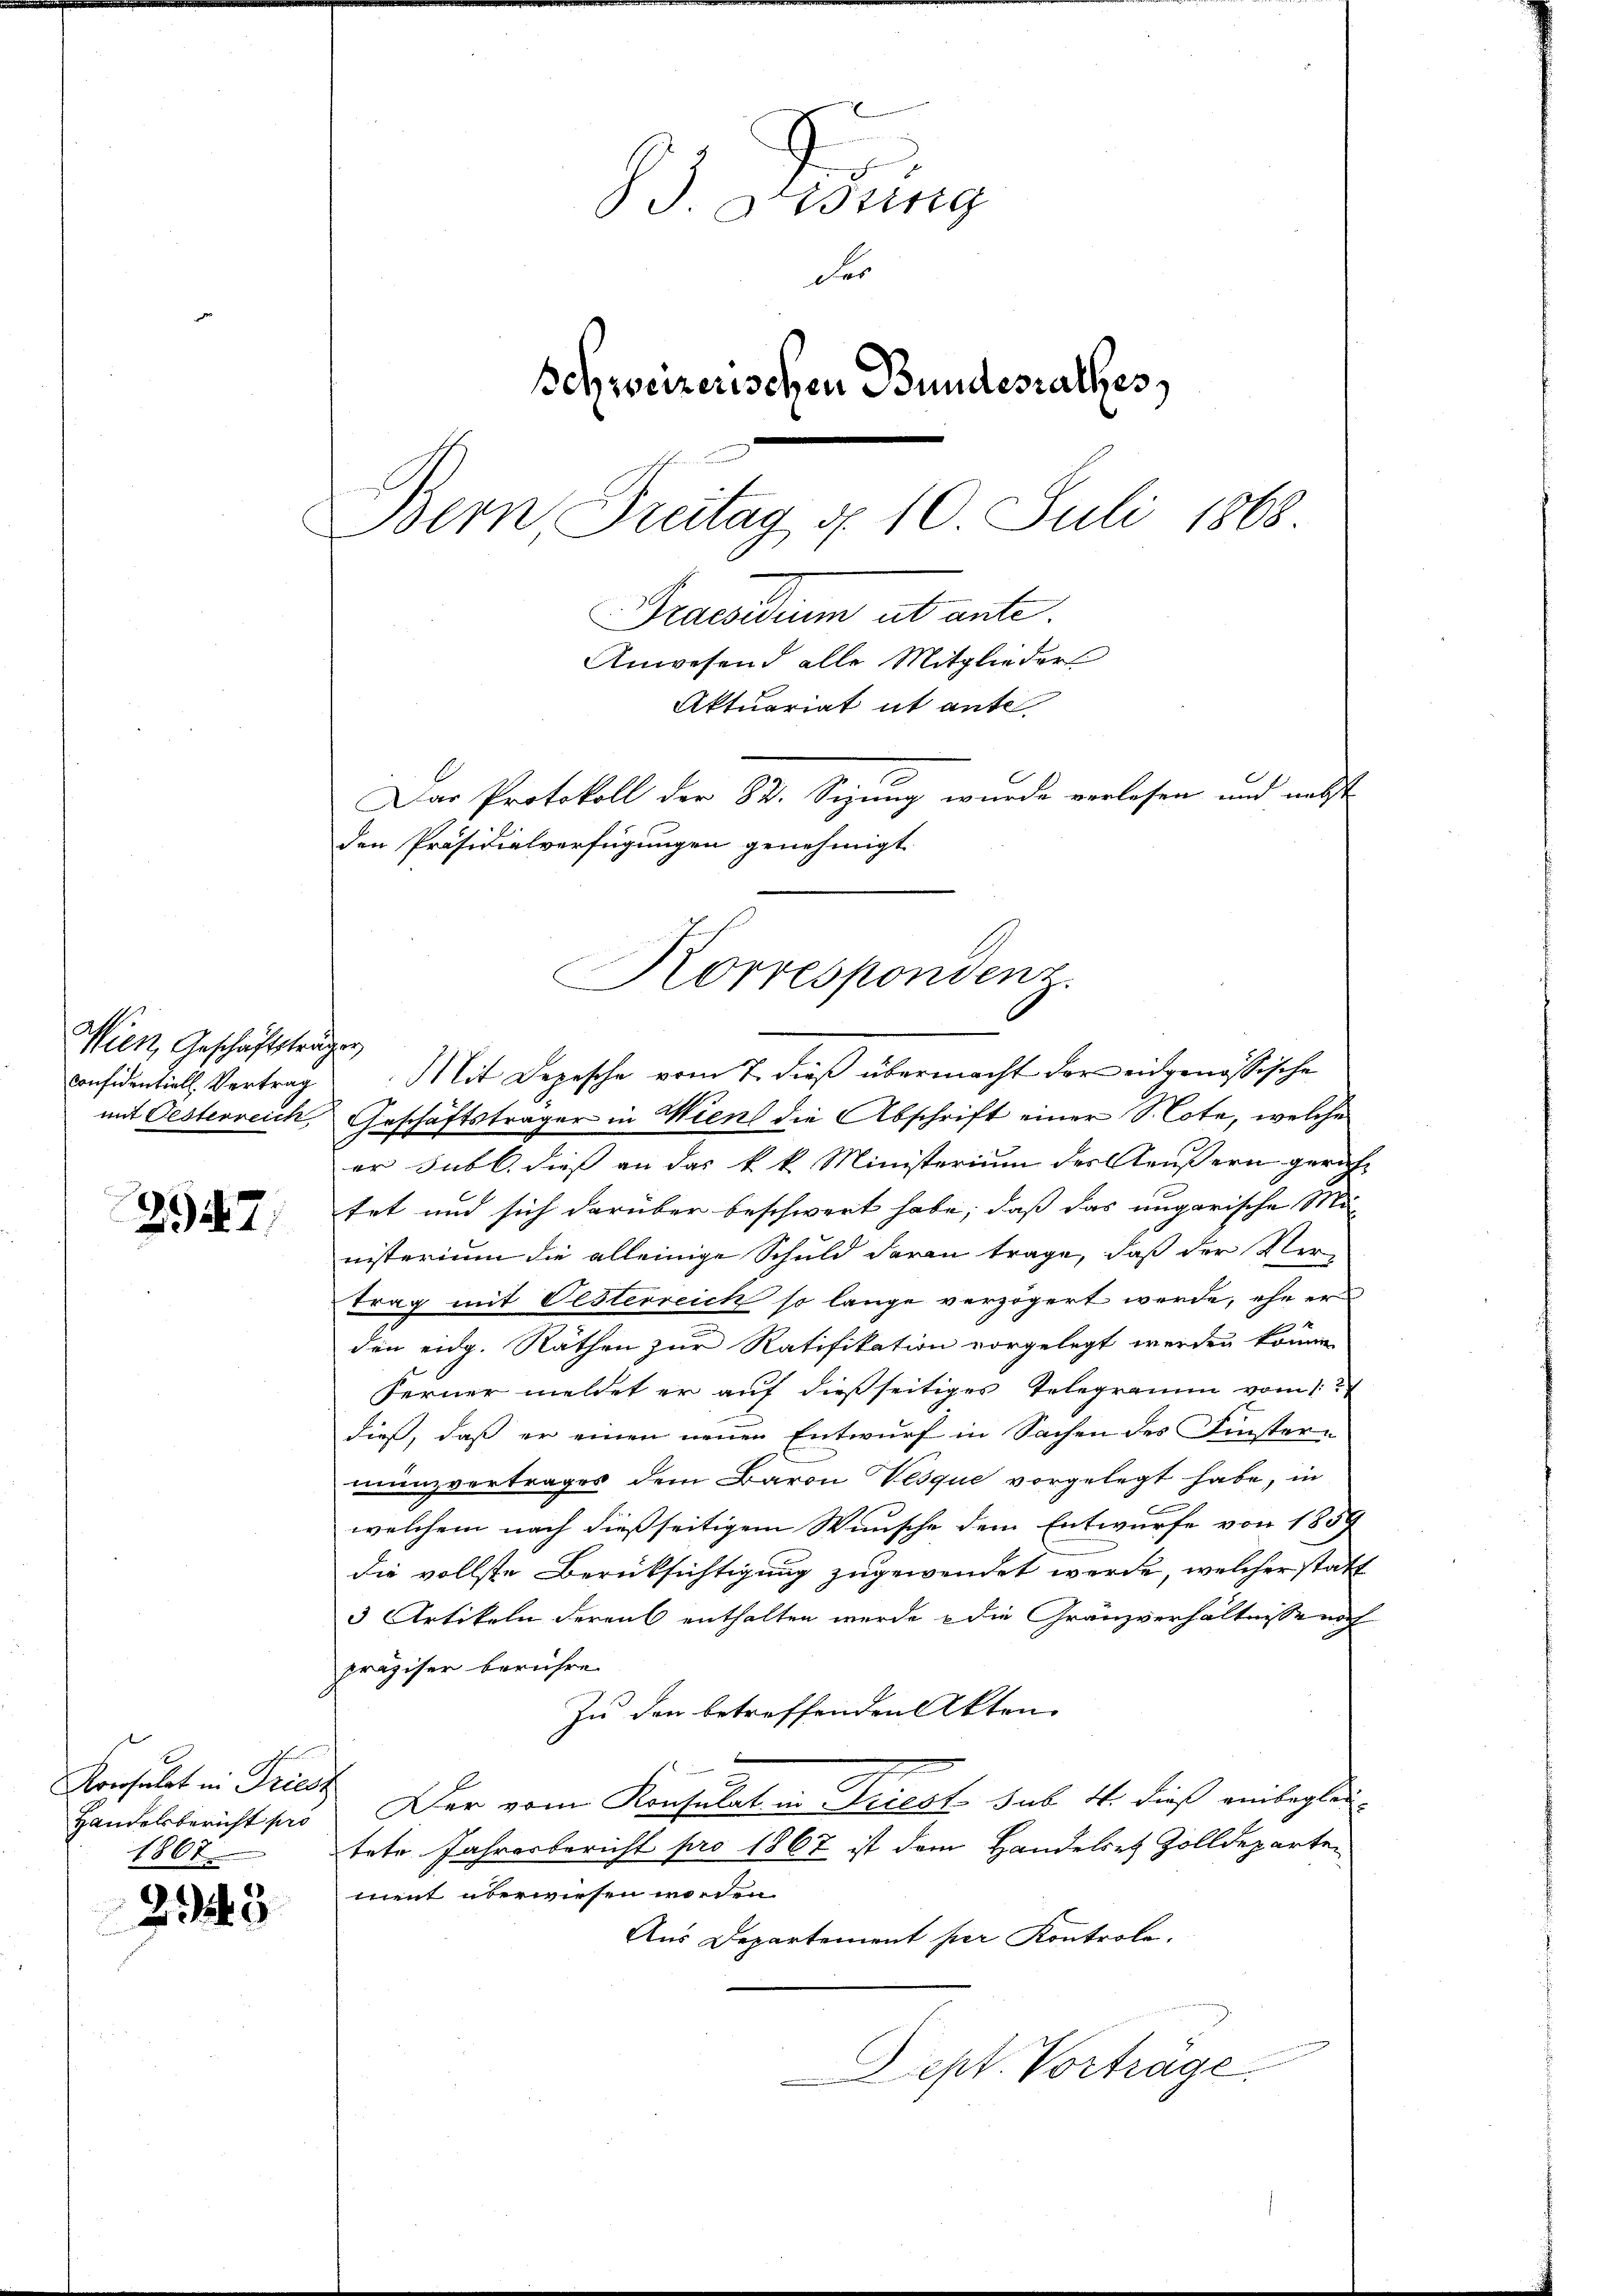
Wien, Geschäftsträgen
Considentiell. Vertrag

2947)

Konsulat in Fried
1807

243

J. Osting
der
Schweizerischen Bundesrathes,
Bern Freitag d. 10. Juli 1868
Praesiduum ab ante.
Anwesend alle Mitglieder
Aktuariat it ante
Das Protokoll der 82. Sizung wurde verlesen und nebst
den Präsidialverfügungen genehmigt.

Mit Dezische vom 7. dieß übermacht der eidgenössische
mit Oesterreich, Geschäftsträger in Wiens die Abschrift einer S. Cote, welche
er subl. dieß an das k. k. Ministerium des Aeußern gericht
trt und sich darüber beschwert habe; daß das ungarische Mi
nisterium die alleinige Schuld daran trage, daß der Vertrag mit Oesterreich so lange verzögert werde, ehe erden eidg. Räthen zur Ratifikation vorgelegt werden könne
Ferner meldet er auf dießseitiges Telegramm vom 1
dieß, daß er einen neuen Entwurf in Sachen des Finstern
manzvertrages dem Baron Vesque vorgelegt habe, in
welchem nach dießseitigem Wunsche dem Entwurfe von 1859
die vollste Berücksichtigung zugewendet werde, welcher statt
3 Artikeln derent enthalten wurde & die Gränzverhältnisse noch
präziser berühre.
Zu den betreffenden Akten
Handelsbericht so Der vom Konsulat in Priest sub. 4. dieß einbeglei-
tete Jahresbericht pro 1867 ist dem Handelst Zolldeparten
ment überwiesen worden.
Aus Departement per Kontrole.
Sept. Vorträge

Korrespondenz.